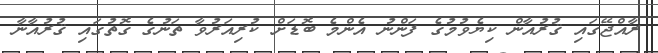
ރާއްޖޭގައި ޤުރުއާން ކިޔެވުމުގެ ފަންނު އެންމެ ބޮޑަށް ކުރިއަރުވާ ތަނުގެ ގޮތުގައި ޤުރުއާނާ